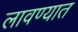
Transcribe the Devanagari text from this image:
लावण्‍यात